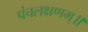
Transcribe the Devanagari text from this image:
पंचलक्षणम्‌॥